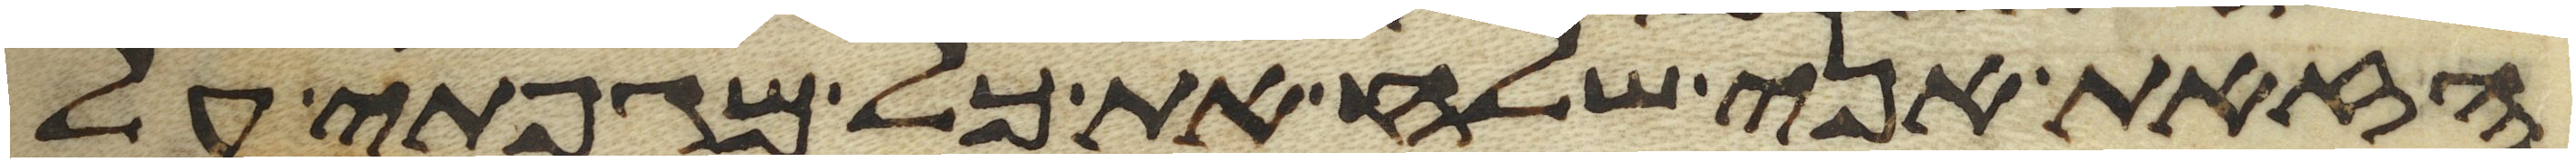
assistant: הזאת אני שלח את כל מגפתי על